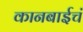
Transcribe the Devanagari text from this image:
कानबाईचं